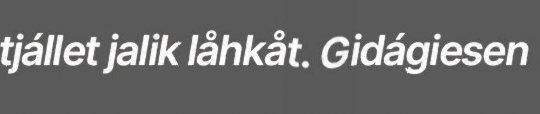
tjállet jalik låhkåt. Gidágiesen